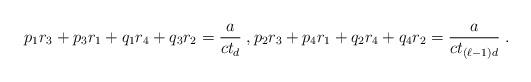
LaTeX: \begin{align*}p_1 r_3 + p_3 r_1 + q_1 r_4 + q_3 r_2 = \frac{a}{c t_d} \;, p_2 r_3 + p_4 r_1 + q_2 r_4 + q_4 r_2 = \frac{a}{c t_{(\ell-1)d}} \;. \end{align*}